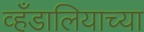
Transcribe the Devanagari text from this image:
व्हँडालियाच्या